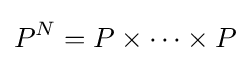
P^{N}=P\times \cdots \times P